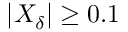
\left| X _ { \delta } \right| \geq 0 . 1